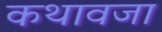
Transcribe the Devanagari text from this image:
कथावजा